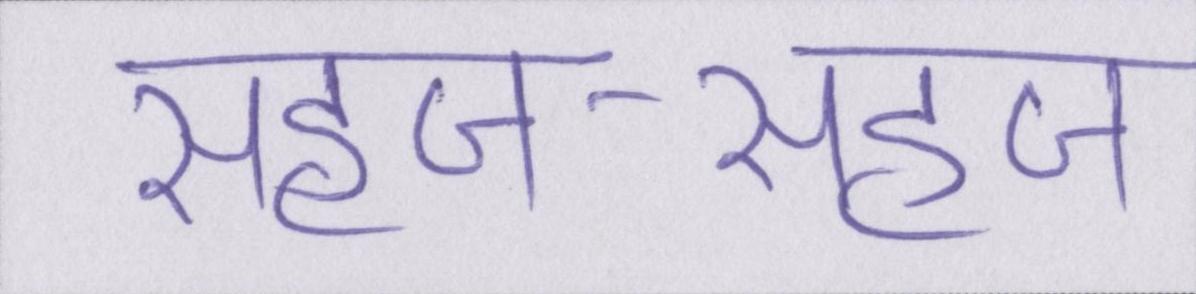
सहज-सहज